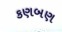
કણબણ